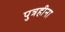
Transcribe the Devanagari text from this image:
पुत्रहीना